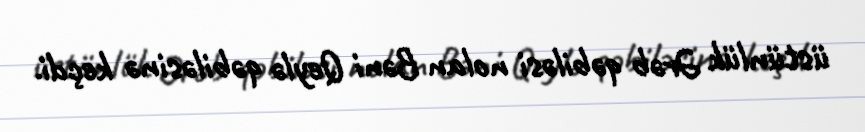
üstünlük Ərəb qəbiləsi nolan Bəni Qeylə qəbiləsinə keçdi.